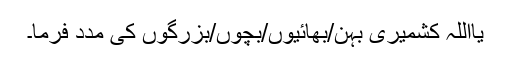
یااللّٰہ کشمیری بہن/بھائیوں/بچوں/بزرگوں کی مدد فرما۔